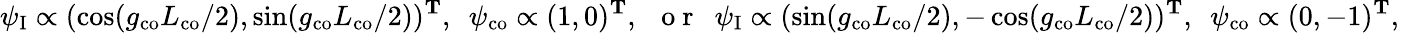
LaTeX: \psi_{\mathrm{I}}\propto(\cos(g_{\mathrm{co}}L_{\mathrm{co}}/2),\sin(g_{\mathrm{co}}L_{\mathrm{co}}/2))^{\mathbf{T}},\ \ \psi_{\mathrm{co}}\propto(1,0)^{\mathbf{T}},\ \ \mathrm{~o~r~}\ \ \psi_{\mathrm{I}}\propto(\sin(g_{\mathrm{co}}L_{\mathrm{co}}/2),-\cos(g_{\mathrm{co}}L_{\mathrm{co}}/2))^{\mathbf{T}},\ \ \psi_{\mathrm{co}}\propto(0,-1)^{\mathbf{T}},\